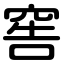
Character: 窖